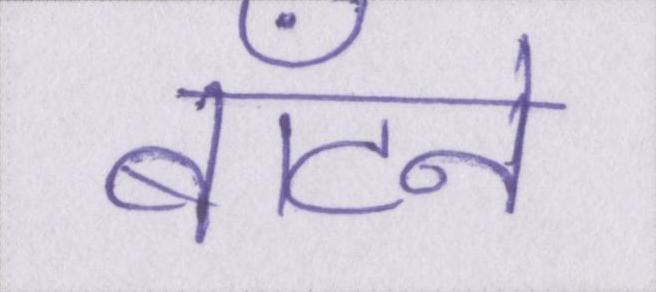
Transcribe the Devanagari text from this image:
बाँटने